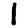
Digit: 1